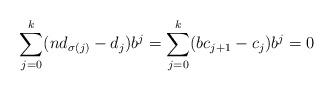
LaTeX: \begin{align*}\sum_{j=0}^{k} (nd_{\sigma(j)}-d_{j})b^j=\sum_{j=0}^{k}(b c_{j+1}-c_j)b^j=0\end{align*}